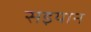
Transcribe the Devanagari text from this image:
सइयान